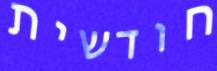
חודשית